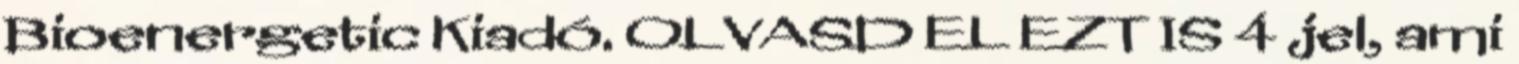
Bioenergetic Kiadó. OLVASD EL EZT IS 4 jel, ami